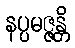
နပ္ပမဇ္ဇန္တိ